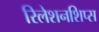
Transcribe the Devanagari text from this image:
रिलेशनशिप्स